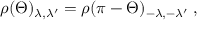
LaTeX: \rho ( \Theta ) _ { \lambda , \lambda ^ { \prime } } = \rho ( \pi - \Theta ) _ { - \lambda , - \lambda ^ { \prime } } \; ,